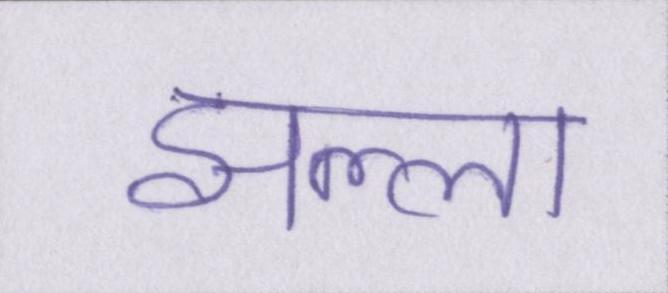
झल्ला